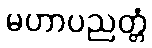
မဟာပညတ္တံ